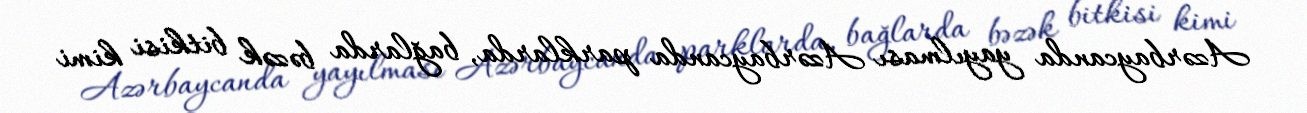
Azərbaycanda yayılması Azərbaycanda parklarda, bağlarda bəzək bitkisi kimi